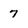
Character: 7